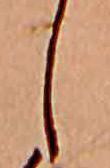
し